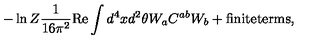
- \ln Z \frac { 1 } { 1 6 \pi ^ { 2 } } \mathrm { R e } \int d ^ { 4 } x d ^ { 2 } \theta W _ { a } C ^ { a b } W _ { b } + \mathrm { f i n i t e t e r m s } ,